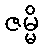
ဇမ္မိ